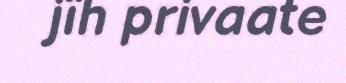
jïh privaate